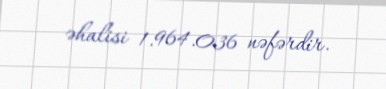
əhalisi 1.964.036 nəfərdir.